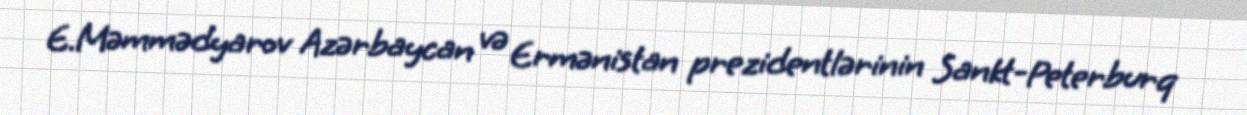
E.Məmmədyarov Azərbaycan və Ermənistan prezidentlərinin Sankt-Peterburq